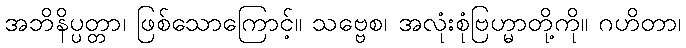
အဘိနိပ္ပတ္တာ၊ ဖြစ်သောကြောင့်။ သဗ္ဗေစ၊ အလုံးစုံဗြဟ္မာတို့ကို။ ဂဟိတာ၊